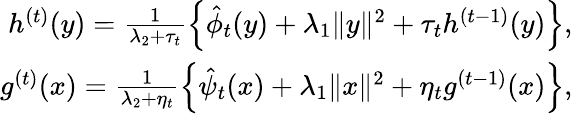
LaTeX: \begin{array}{r}{h^{(t)}(y)=\frac{1}{\lambda_{2}+\tau_{t}}\left\{ \hat{\phi}_{t}(y)+\lambda_{1}\| y\| ^{2}+\tau_{t}h^{(t-1)}(y)\right\} ,}\\ {g^{(t)}(x)=\frac{1}{\lambda_{2}+\eta_{t}}\left\{ \hat{\psi}_{t}(x)+\lambda_{1}\| x\| ^{2}+\eta_{t}g^{(t-1)}(x)\right\} ,}\end{array}